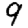
Digit: 9